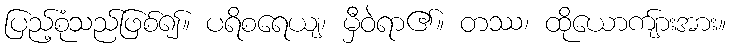
ပြည့်စုံသည်ဖြစ်၍။ ပရိစရေယျ၊ မှီဝဲရာ၏။ တဿ၊ ထိုယောကျ်ားအား။